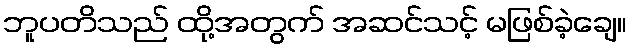
ဘူပတိသည် ထို့အတွက် အဆင်သင့် မဖြစ်ခဲ့ချေ။